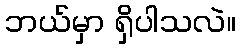
ဘယ်မှာ ရှိပါသလဲ။